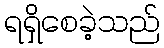
ရရှိစေခဲ့သည်